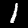
Label: 1